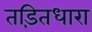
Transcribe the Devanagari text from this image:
तड़ितधारा